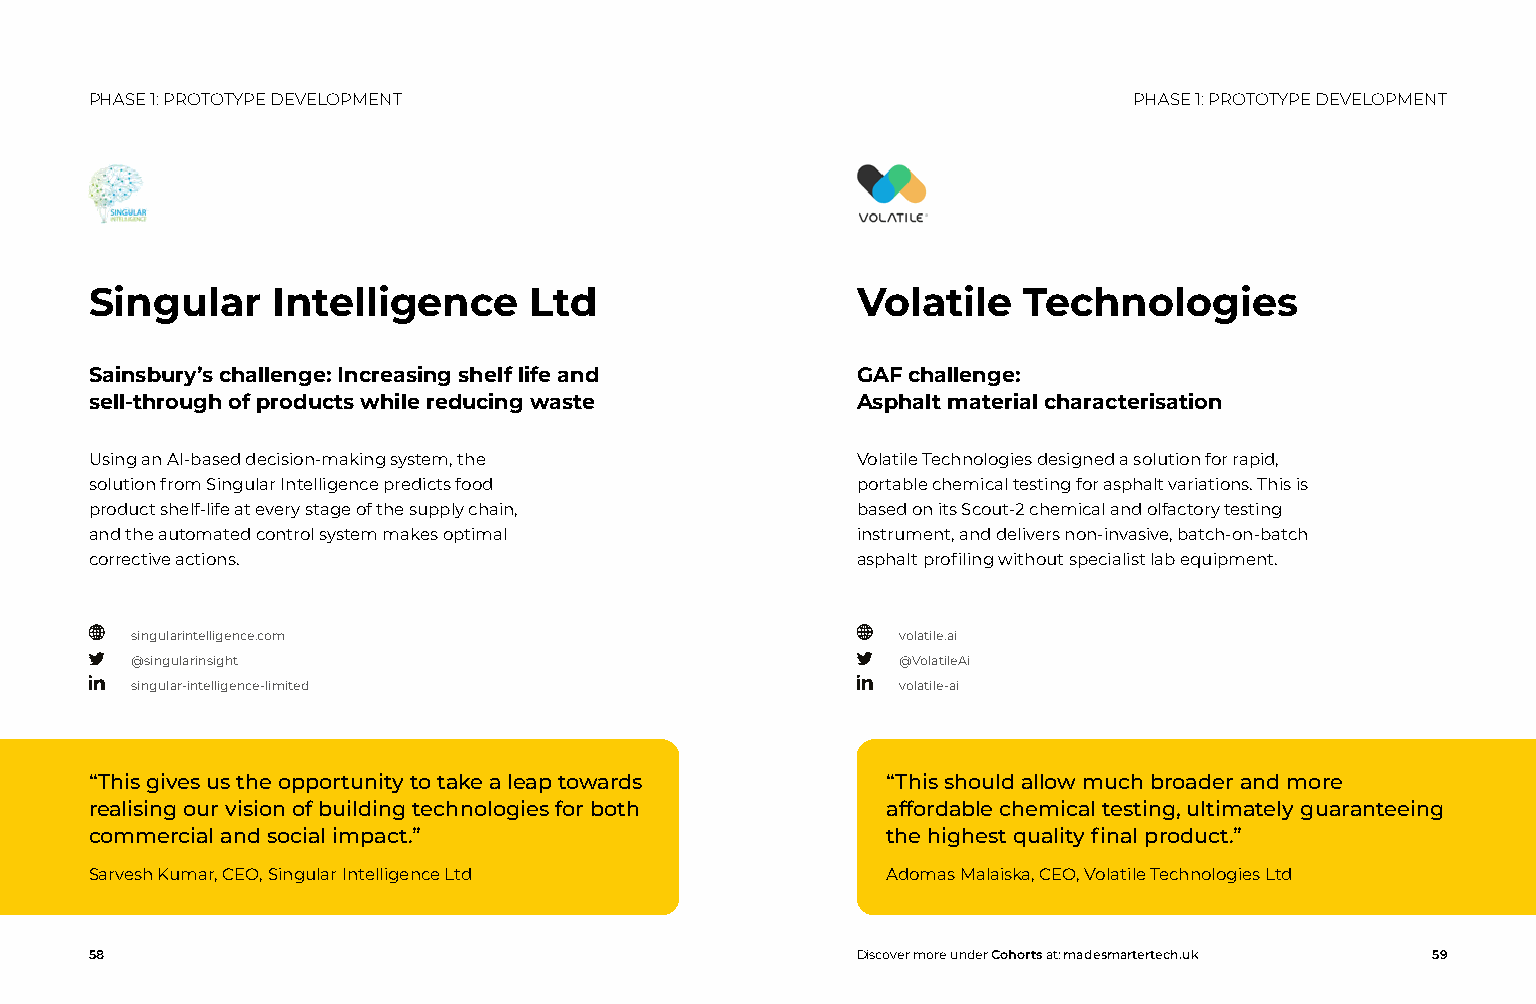
PHASE 1: PROTOTYPE DEVELOPMENT                                       PHASE 1: PROTOTYPE DEVELOPMENT
 Singular    Intelligence     Ltd                   Volatile   Technologies
 Sainsbury’s challenge: Increasing shelf life and   GAF challenge:
 sell-through of products while reducing waste      Asphalt material characterisation
 Using an AI-based decision-making system, the      Volatile Technologies designed a solution for rapid,
 solution from Singular Intelligence predicts food  portable chemical testing for asphalt variations. This is
 product shelf-life at every stage of the supply chain, based on its Scout-2 chemical and olfactory testing
 and the automated control system makes optimal     instrument, and delivers non-invasive, batch-on-batch
 corrective actions.                                asphalt profiling without specialist lab equipment.
 singularintelligence.com                           volatile.ai
 @singularinsight                                   @VolatileAi
 singular-intelligence-limited                      volatile-ai
 “This gives us the opportunity to take a leap towards “This should allow much broader and more
 realising our vision of building technologies for both affordable chemical testing, ultimately guaranteeing
 commercial and social impact.”                       the highest quality final product.”
 Sarvesh Kumar, CEO, Singular Intelligence Ltd        Adomas Malaiska, CEO, Volatile Technologies Ltd
 58                                                 Discover more under Cohorts at: madesmartertech.uk 59